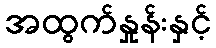
အထွက်နှုန်းနှင့်